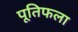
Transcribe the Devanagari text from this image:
पूतिफला